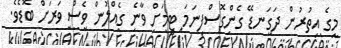
މީގެ އިތުރުން ދަގަނޑޭ ގެންގޮސްފިނަމަ ޓީމަށް ވާނެ ގެއްލުން ވެސް ވަރަށް ބޮޑެވެ.